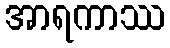
အာရကာဿ